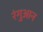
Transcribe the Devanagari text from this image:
रंगुआन